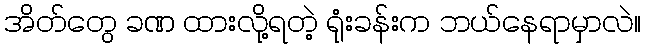
အိတ်တွေ ခဏ ထားလို့ရတဲ့ ရုံးခန်းက ဘယ်နေရာမှာလဲ။